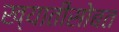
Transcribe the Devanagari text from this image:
ख्यातीसोबत